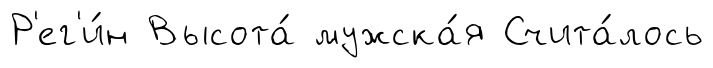
Р'ег'и́н Высота́ мужска́я Счита́лось